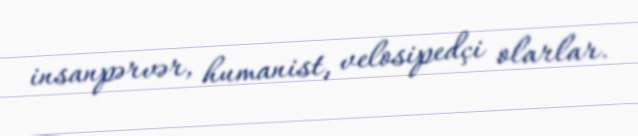
insanpərvər, humanist, velosipedçi olarlar.